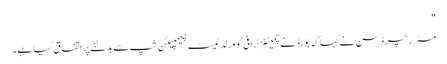
''
مسٹر رچرڈسن نے کہا کہ بورڈ نے چمیئنز ٹرافی کو ورلڈ ٹیسٹ چیمپیئن شپ سے بدلنے پر اتفاق کیا ہے۔